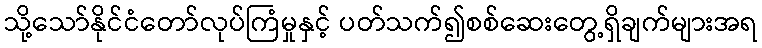
သို့သော်နိုင်ငံတော်လုပ်ကြံမှုနှင့် ပတ်သက်၍စစ်ဆေးတွေ့ရှိချက်များအရ